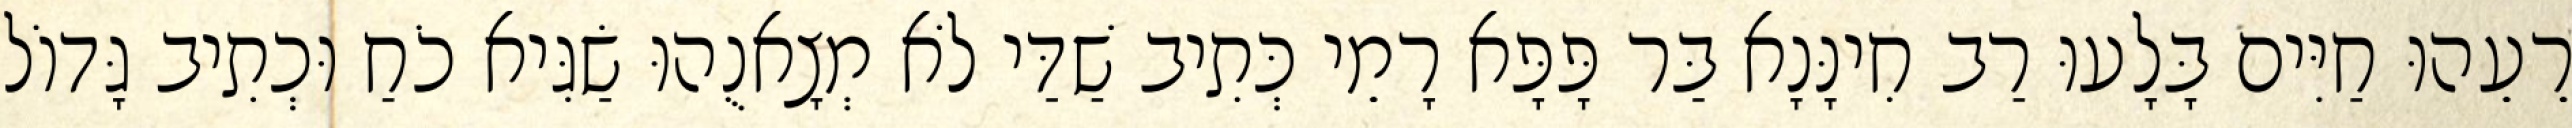
רֵעֵהוּ חַיִּים בָּלָעוּ רַב חִינָּנָא בַּר פָּפָּא רָמֵי כְּתִיב שַׁדַּי לֹא מְצָאנֻהוּ שַׂגִּיא כֹחַ וּכְתִיב גָּדוֹל